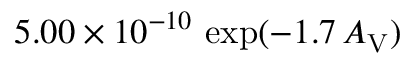
5 . 0 0 \times 1 0 ^ { - 1 0 } \, \exp ( - 1 . 7 \, A _ { \mathrm { V } } )